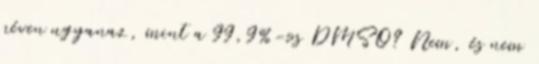
néven ugyanaz, mint a 99,9%-os DMSO? Nem, és nem